Civil Veterinary Department. Madras. Admin. report 1926-33 - 1926-1933
Year: 1926
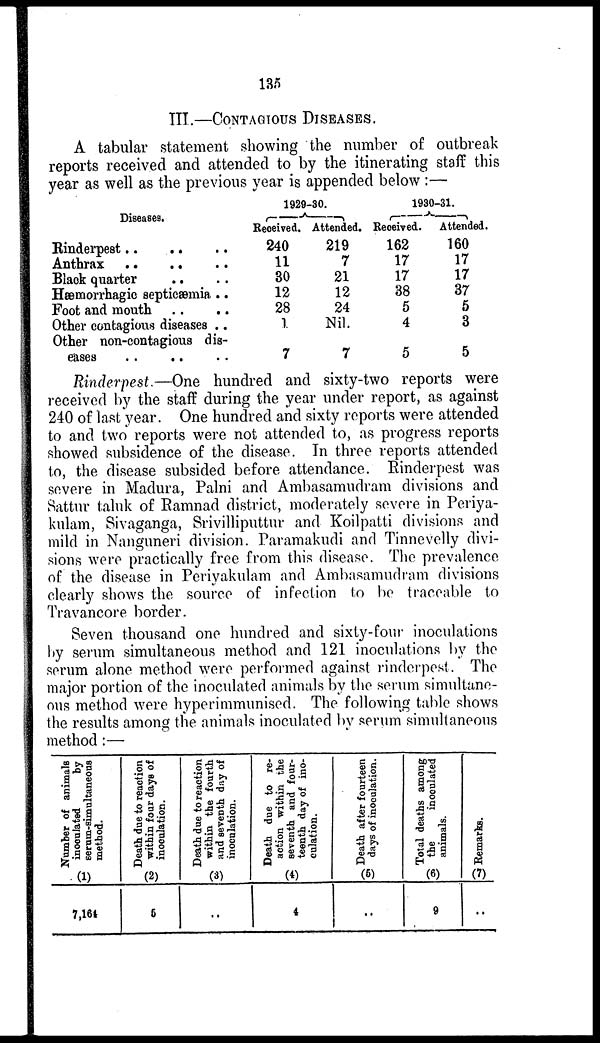
135
III.—CONTAGIOUS DISEASES.
A tabular statement showing the number of outbreak
reports received and attended to by the itinerating staff this
year as well as the previous year is appended below:—
Diseases.
Rinderpest .. .. ..
Anthrax .. .. ..
Black quarter .. ..
Hæmorrhagic septicæmia ..
Foot and mouth
..
..
Other contagious diseases ..
Other non-contagious dis¬
eases .. .. ..
1929-30.
Received.
240
11
30
12
28
1
7
Attended.
219
7
21
12
24
Nil.
7
1930-31.
Received.
162
17
17
38
5
4
5
Attended.
160
17
17
37
5
3
5
Rinderpest.—One hundred and sixty-two reports were
received by the staff during the year under report, as against
240 of last year. One hundred and sixty reports were attended
to and two reports were not attended to, as progress reports
showed subsidence of the disease. In three reports attended
to, the disease subsided before attendance. Rinderpest was
severe in Madura, Palni and Ambasamudram divisions and
Sattur taluk of Ramnad district, moderately severe in Periya-
kulam, Sivaganga, Srivilliputtur and Koilpatti divisions and
mild in Nanguneri division. Paramakudi and Tinnevelly divi-
sions were practically free from this disease. The prevalence
of the disease in Periyakulam and Ambasamudram divisions
clearly shows the source of infection to be traceable to
Travancore border.
Seven thousand one hundred and sixty-four inoculations
by serum simultaneous method and 121 inoculations by the
serum alone method were performed against rinderpest. The
major portion of the inoculated animals by the serum simultane-
ous method were hyperimmunised. The following table shows
the results among the animals inoculated by serum simultaneous
method:—
Number of animals
inoculated
by
serum-simultaneous
method.
(1)
7,164
Death due to reaction
within four days of
inoculation.
(2)
5
Death due to reaction
within the fourth
and seventh day of
inoculation.
(3)
..
Death due to re-
action within the
seventh and four-
teenth day of ino-
culation.
(4)
4
Death after fourteen
days of inoculation.
(5)
..
Total deaths among
the
inoculated
animals.
(6)
9
Remarks.
(7)
..